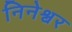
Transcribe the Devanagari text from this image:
निनेश्वर